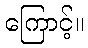
ကြောင့်။